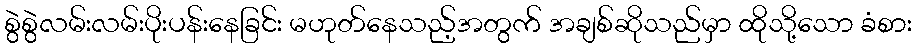
စွဲစွဲလမ်းလမ်းပိုးပန်းနေခြင်း မဟုတ်နေသည့်အတွက် အချစ်ဆိုသည်မှာ ထိုသို့သော ခံစား